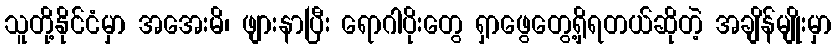
သူတို့နိုင်ငံမှာ အအေးမိ၊ ဖျားနာပြီး ရောဂါပိုးတွေ ရှာဖွေတွေ့ရှိရတယ်ဆိုတဲ့ အချိန်မျိုးမှာ